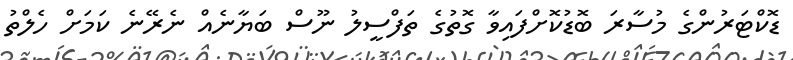
ޑޮކްޓަރުންގެ މުސާރަ ބޮޑުކޮށްފައިވާ ގޮތުގެ ތަފްސީލު ނޫސް ބަޔާނެއް ނެރޭނެ ކަމަށް ހެލްތު